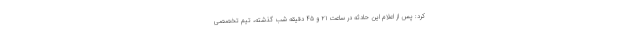
کرد: پس از اعلام این حادثه در ساعت ۲۱ و ۴۵ دقیقه شب گذشته، تیم تخصصی